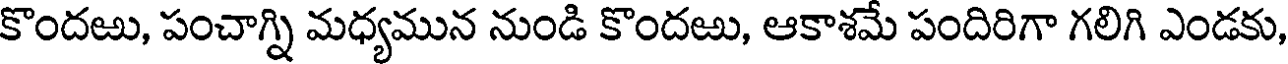
కొందఱు, పంచాగ్ని మధ్యమున నుండి కొందఱు, ఆకాశమే పందిరిగా గలిగి ఎండకు,